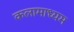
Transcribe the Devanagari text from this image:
कलामाध्यम